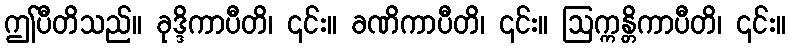
ဤပီတိသည်။ ခုဒ္ဒိကာပီတိ၊ ၎င်း။ ခဏိကာပီတိ၊ ၎င်း။ ဩက္ကန္တိကာပီတိ၊ ၎င်း။